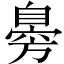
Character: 臱